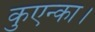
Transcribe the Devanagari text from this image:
कुएन्का।